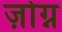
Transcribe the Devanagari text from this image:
ज़ोग्न